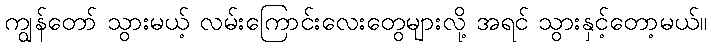
ကျွန်တော် သွားမယ့် လမ်းကြောင်းလေးတွေများလို့ အရင် သွားနှင့်တော့မယ်။